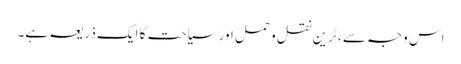
اس وجہ سے ، ٹرین نقل و حمل اور سیاحت کا ایک ذریعہ ہے۔